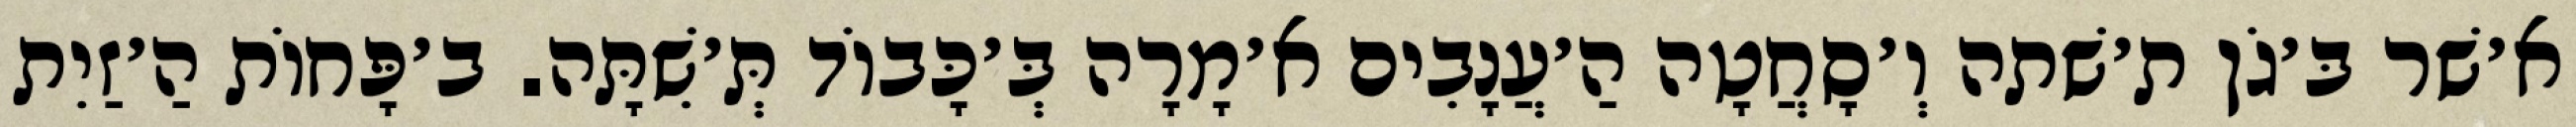
א׳שׁר בּ׳גֹן ת׳שׁתה וְ׳סָחֲטָה הַ׳עֲנָבִים א׳מָרָה בְּ׳כָּבוֹד תְּ׳שִׁתָּה. ב׳פָּחוֹת הַ׳זַיִת